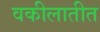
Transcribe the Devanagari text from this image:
वकीलातीत